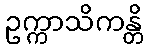
ဥက္ကာသိကန္တိ